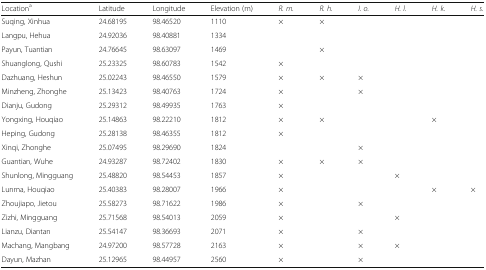
<table><thead><tr><td><b>Location<sup>a</sup></b></td><td><b>Latitude</b></td><td><b>Longitude</b></td><td><b>Elevation (m)</b></td><td><b><i>R. m.</i></b></td><td><b><i>R. h.</i></b></td><td><b><i>I. o.</i></b></td><td><b><i>H. l.</i></b></td><td><b><i>H. k.</i></b></td><td><b><i>H. s.</i></b></td></tr></thead><tbody><tr><td>Suqing, Xinhua</td><td>24.68195</td><td>98.46520</td><td>1110</td><td>×</td><td>×</td><td></td><td></td><td></td><td></td></tr><tr><td>Langpu, Hehua</td><td>24.92036</td><td>98.40881</td><td>1334</td><td></td><td></td><td></td><td></td><td></td><td></td></tr><tr><td>Payun, Tuantian</td><td>24.76645</td><td>98.63097</td><td>1469</td><td></td><td>×</td><td></td><td></td><td></td><td></td></tr><tr><td>Shuanglong, Qushi</td><td>25.23325</td><td>98.60783</td><td>1542</td><td>×</td><td></td><td></td><td></td><td></td><td></td></tr><tr><td>Dazhuang, Heshun</td><td>25.02243</td><td>98.46550</td><td>1579</td><td>×</td><td>×</td><td>×</td><td></td><td></td><td></td></tr><tr><td>Minzheng, Zhonghe</td><td>25.13423</td><td>98.40763</td><td>1724</td><td>×</td><td></td><td>×</td><td></td><td></td><td></td></tr><tr><td>Dianju, Gudong</td><td>25.29312</td><td>98.49935</td><td>1763</td><td>×</td><td></td><td></td><td></td><td></td><td></td></tr><tr><td>Yongxing, Houqiao</td><td>25.14863</td><td>98.22210</td><td>1812</td><td>×</td><td>×</td><td></td><td></td><td>×</td><td></td></tr><tr><td>Heping, Gudong</td><td>25.28138</td><td>98.46355</td><td>1812</td><td>×</td><td></td><td></td><td></td><td></td><td></td></tr><tr><td>Xinqi, Zhonghe</td><td>25.07495</td><td>98.29690</td><td>1824</td><td></td><td></td><td>×</td><td></td><td></td><td></td></tr><tr><td>Guantian, Wuhe</td><td>24.93287</td><td>98.72402</td><td>1830</td><td>×</td><td>×</td><td>×</td><td></td><td></td><td></td></tr><tr><td>Shunlong, Mingguang</td><td>25.48820</td><td>98.54453</td><td>1857</td><td>×</td><td></td><td></td><td>×</td><td></td><td></td></tr><tr><td>Lunma, Houqiao</td><td>25.40383</td><td>98.28007</td><td>1966</td><td>×</td><td></td><td></td><td></td><td>×</td><td>×</td></tr><tr><td>Zhoujiapo, Jietou</td><td>25.58273</td><td>98.71622</td><td>1986</td><td>×</td><td></td><td>×</td><td></td><td></td><td></td></tr><tr><td>Zizhi, Mingguang</td><td>25.71568</td><td>98.54013</td><td>2059</td><td>×</td><td></td><td></td><td>×</td><td></td><td></td></tr><tr><td>Lianzu, Diantan</td><td>25.54147</td><td>98.36693</td><td>2071</td><td>×</td><td></td><td>×</td><td></td><td></td><td></td></tr><tr><td>Machang, Mangbang</td><td>24.97200</td><td>98.57728</td><td>2163</td><td>×</td><td></td><td>×</td><td>×</td><td></td><td></td></tr><tr><td>Dayun, Mazhan</td><td>25.12965</td><td>98.44957</td><td>2560</td><td>×</td><td></td><td>×</td><td></td><td></td><td></td></tr></tbody></table>